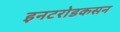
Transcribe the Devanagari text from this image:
इनटरोडकसन